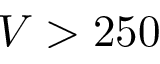
V > 2 5 0